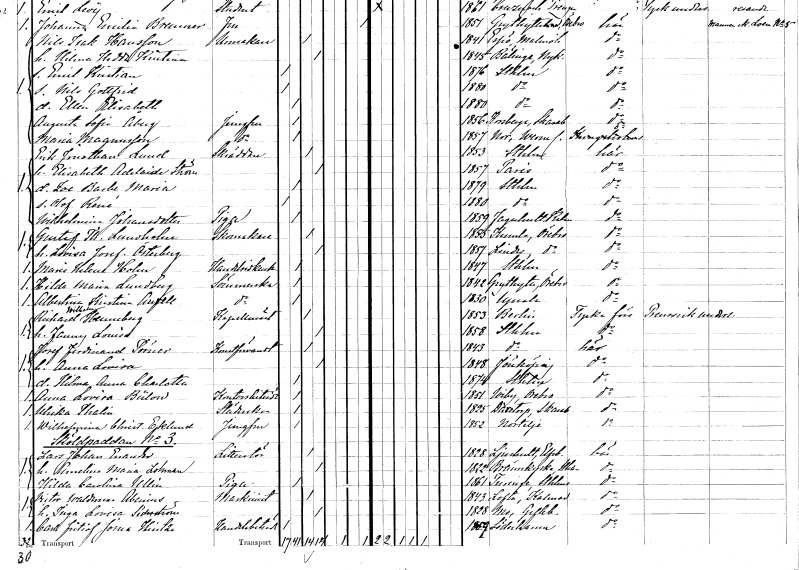
gt_parse: households: individuals: FN: Erik Jonathan
EN: Lund
YRKE: Skräddare
KON: M
CIV: G
FODAR: 1853
FODFORS: Stockholm
FN: Elisabeth Adelaide
EN: Ström
KON: K
CIV: G
FODAR: 1857
FN: Zoe Barbe Maria
KON: K
CIV: O
FODAR: 1879
FODFORS: Stockholm
FN: Olof René
KON: M
CIV: O
FODAR: 1880
FODFORS: Stockholm
FN: Wilhelmina
EN: Johansdotter
YRKE: Piga
KON: K
CIV: O
FODAR: 1859
FODFORS: Fagerhult Kalmar län
FN: Gustaf Theodor
EN: Lundholm
YRKE: Skomakare
KON: M
CIV: G
FODAR: 1855
FODFORS: Kumla Örebro län
FN: Lovisa Josefina
EN: Österberg
KON: K
CIV: G
FODAR: 1857
FODFORS: Linde Örebro län
FN: Maria Helena
EN: Holm
YRKE: Handelsidkerska
KON: K
CIV: O
FODAR: 1847
FODFORS: Stockholm
FN: Hilda Maria
EN: Lundberg
YRKE: Sömmerska
KON: K
CIV: O
FODAR: 1842
FODFORS: Grythyttan Örebro län
FN: Albertina Kristina
EN: Aurell
YRKE: Sömmerska
KON: K
CIV: O
FODAR: 1830
FODFORS: Uppsala Uppsala län
FN: Richard Wilhelm
EN: Henneberg
YRKE: Kapellmästare
KON: M
CIV: G
FODAR: 1853
FN: Fanny Louise
KON: K
CIV: G
FODAR: 1858
FODFORS: Stockholm
FN: Josef Ferdinand
EN: Törner
YRKE: Konstförvandt
KON: M
CIV: G
FODAR: 1843
FODFORS: Stockholm
FN: Anna Lovisa
KON: K
CIV: G
FODAR: 1848
FODFORS: Jönköping Jönköpings län
FN: Hilma Anna Charlotta
KON: K
CIV: O
FODAR: 1874
FODFORS: Stockholm
FN: Anna Lovisa
EN: Bülow
YRKE: Kontorsbiträde
KON: K
CIV: O
FODAR: 1851
FODFORS: Viby Örebro län
FN: Ulrika
EN: Thalin
YRKE: Städerska
KON: K
CIV: O
FODAR: 1825
FODFORS: Daretorp Skaraborgs län
FN: Wilhelmina Christina
EN: Eklund
YRKE: Jungfru
KON: K
CIV: O
FODAR: 1852
FODFORS: Norrtälje Stockholms län
FN: Lars Johan
EN: Enander
YRKE: Litteratör
KON: M
CIV: G
FODAR: 1828
FODFORS: Ljushult Älvsborgs län
FN: Amelina Maria
EN: Lohman
KON: K
CIV: G
FODAR: 1822
FODFORS: Brännkyrka Stockholms län
FN: Hilda Carolina
EN: Ullin
YRKE: Piga
KON: K
CIV: O
FODAR: 1861
FODFORS: Turinge Stockholms län
FN: Victor Waldemar
EN: Abenius
YRKE: Maskinist
KON: M
CIV: G
FODAR: 1843
FODFORS: Lofta Kalmar län
FN: Inga Lovisa
EN: Söderström
KON: K
CIV: G
FODAR: 1828
FODFORS: Mo Gävleborgs län
FN: Carl Fritiof Josua
EN: Hintze
YRKE: Handelsbiträde
KON: M
CIV: O
FODAR: 1859
FODFORS: Söderhamn Gävleborgs län